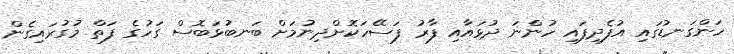
ހަންގަނޑުގައި އުފެދިފައި ހުންނަ ދުޅައާއި ފާރު ފަސޭހަކޮށްދިނުމަށް ބަނބުޅަބޮސް ގަހުގެ ފަތް މުގުރައިގެން